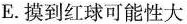
E.摸到红球可能性大